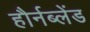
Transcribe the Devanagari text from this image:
हौर्नब्लेंड